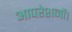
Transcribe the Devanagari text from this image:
आपरेशनों।